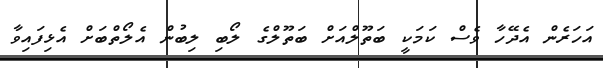
އަހަރެން އެދޭހާ ވެސް ކަމަކީ ބަތޫލްއަށް ބަތޫލްގެ ލޯބި ލިބުން އެލޯތްބަށް އެޅިފައިވާ